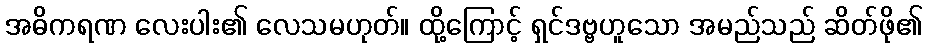
အဓိကရဏ လေးပါး၏ လေသမဟုတ်။ ထို့ကြောင့် ရှင်ဒဗ္ဗဟူသော အမည်သည် ဆိတ်ဖို၏